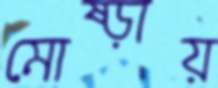
মোষ্‌ড়ায়